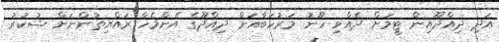
އަދި ދިއްދޫއިން ޓީމަށް ދެއްވި ހޫނު މަރުހަބާއަށް ދިއްދޫގެ އެންމެހާ ރައްޔިތުންނަށް ޝުކުރު